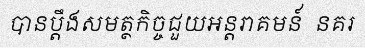
បានប្តឹងសមត្ថកិច្ចជួយអន្តរាគមន៍  នគរ